Leaving Certificate Examination (including Day School Certificate (Higher) General paper), 1938
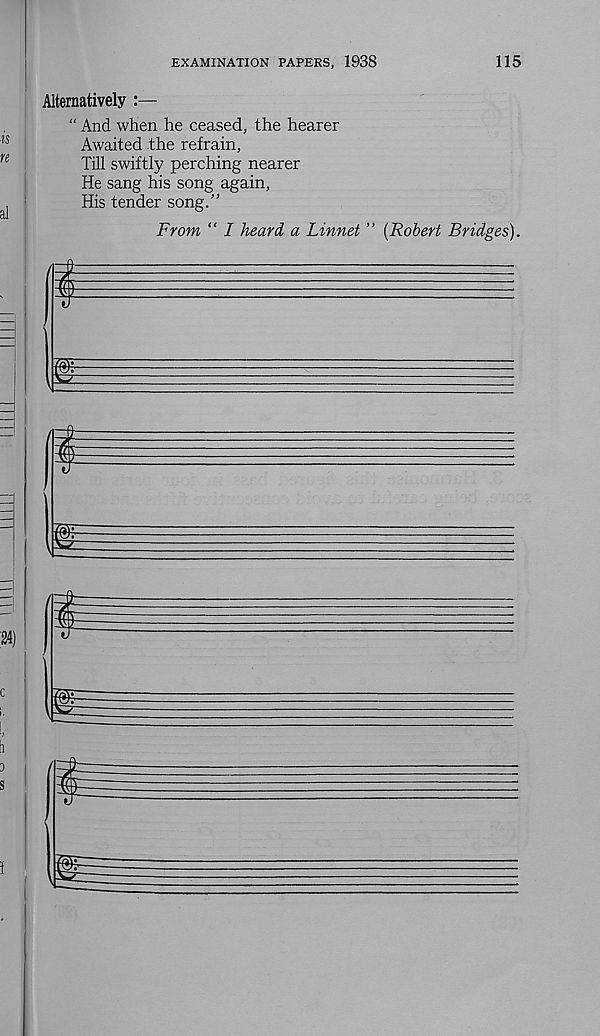
EXAMINATION PAPERS, 1938
115
Alternatively :—
“ And when he ceased, the hearer
Awaited the refrain.
Till swiftly perching nearer
He sang his song again,
His tender song.”
From “ I heard a Linnet ” [Robert Bridges).